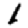
Digit: 1